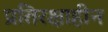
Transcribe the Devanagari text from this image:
प्रतिरक्षाहीन